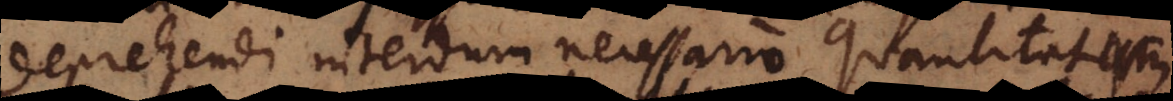
deprehendi interdum necessario quantitatum